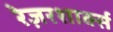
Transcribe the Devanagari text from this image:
रेज़रशार्क्स